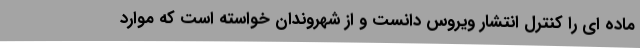
ماده ای را کنترل انتشار ویروس دانست و از شهروندان خواسته است که موارد